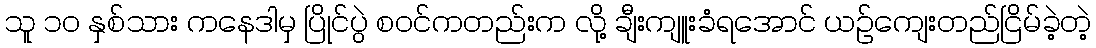
သူ ၁၀ နှစ်သား ကနေဒါမှ ပြိုင်ပွဲ စဝင်ကတည်းက လို့ ချီးကျူးခံရအောင် ယဉ်ကျေးတည်ငြိမ်ခဲ့တဲ့